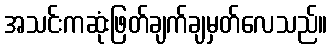
အသင်းကဆုံးဖြတ်ချက်ချမှတ်လေသည်။